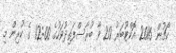
ކޯޗުން 2016 އޮކްޓޫބަރު 20 ވާ ބުރާސްފަތިދުވަހުގެ 12:00 ގެ ކުރިން މި